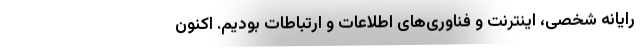
رایانه شخصی، اینترنت و فناوری‌های اطلاعات و ارتباطات بودیم. اکنون